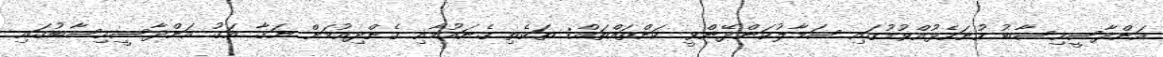
އަންދާސީހިސާބު ހުށަހެޅުއްވުމުގައި ސަމާލުކަންދޭންވީ ކަންތައްތައް: ތަކެތި ގެނައުމާއި ގެންދިއުމަށް ނަގާ އަގު އަންދާސީހިސާބުގައި